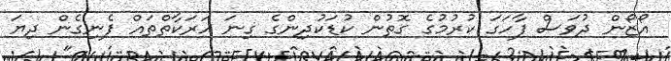
އޯޒޯން ދުވަސް ފާހަގަ ކުރުމުގެ ގޮތުން ކުޑަކުދިންގެ ގިނަ ހަރަކާތްތައް ފެނިގެން ދިޔަ